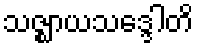
သဇ္ဈာယသဒ္ဒေါတိ